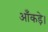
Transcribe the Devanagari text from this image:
आँकड़े।